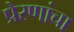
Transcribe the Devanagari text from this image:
प्रेरणांचा